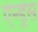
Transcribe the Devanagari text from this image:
ऐन्‍ड्रेस